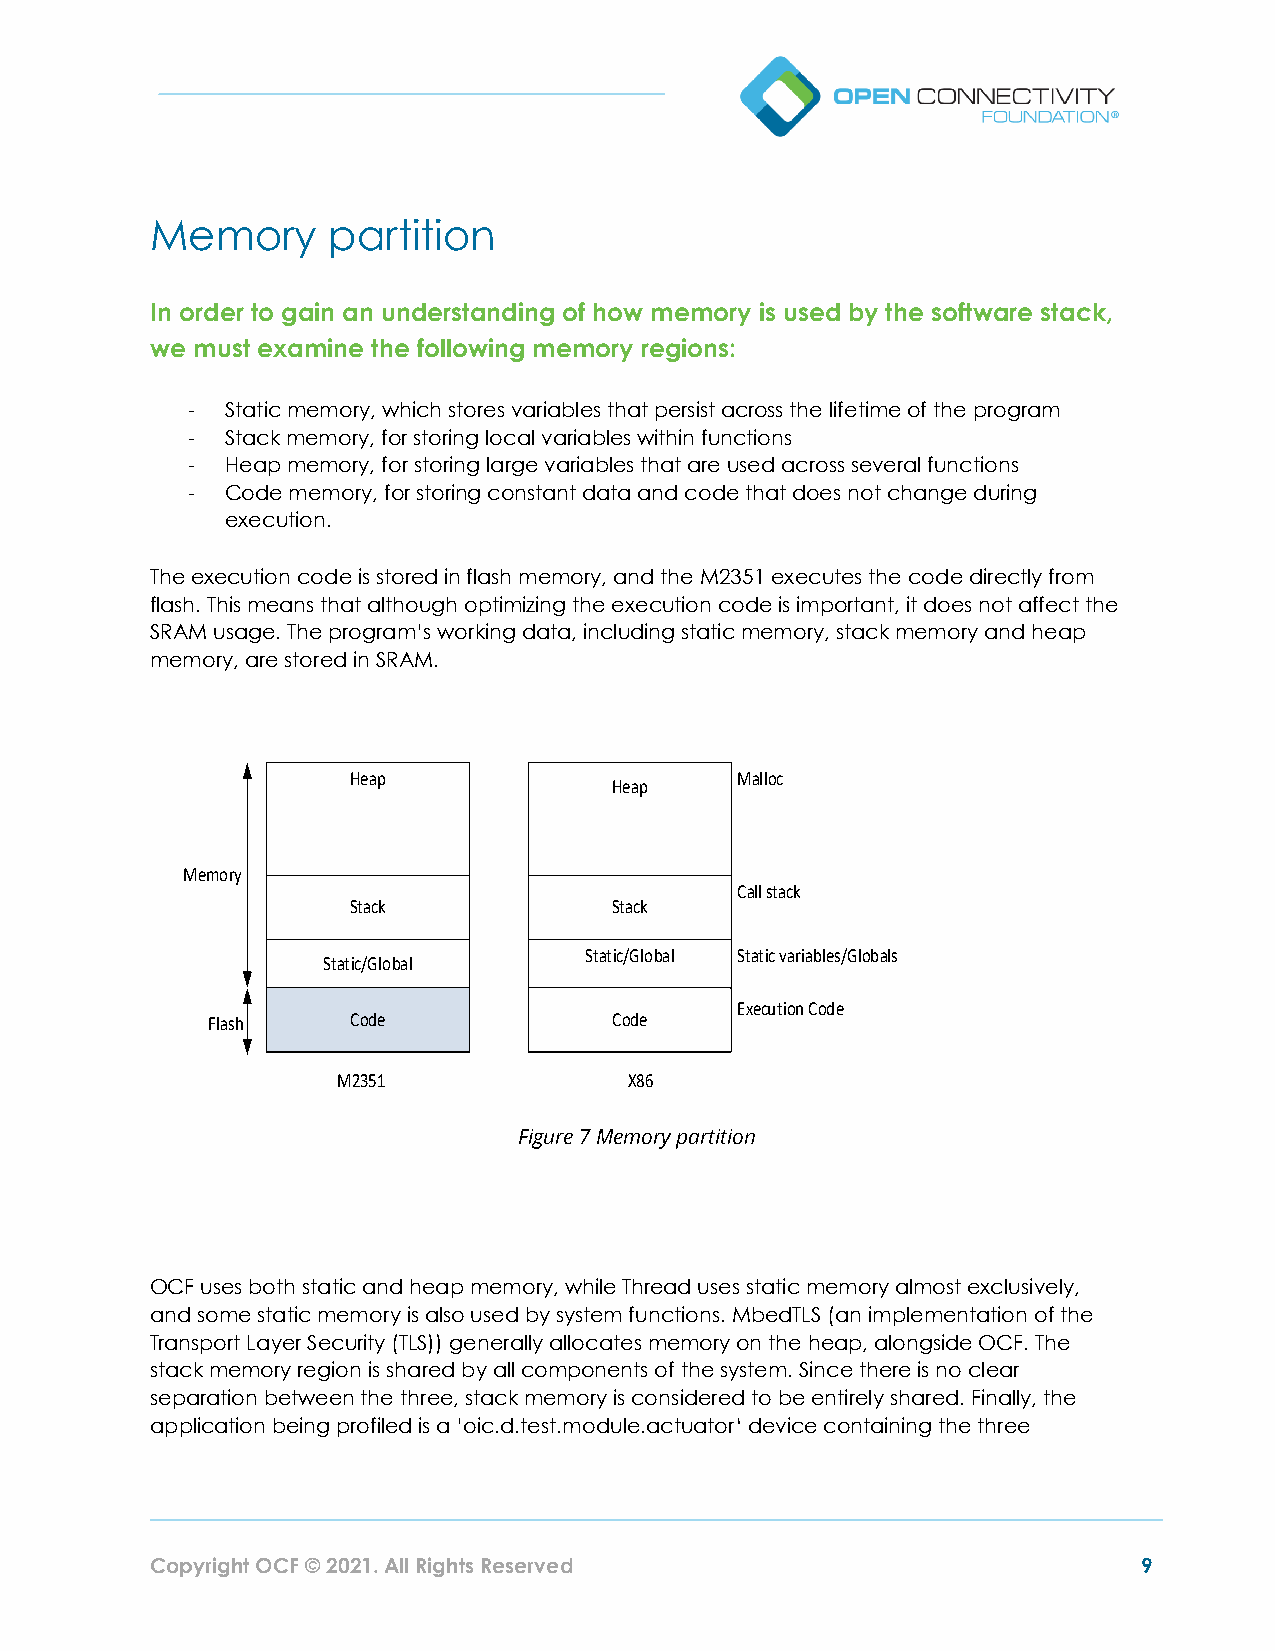
Memory      partition
 In order to gain an understanding of how memory is used by the software stack,
 we must examine the following memory regions:
 -  Static memory, which stores variables that persist across the lifetime of the program
 -  Stack memory, for storing local variables within functions
 -  Heap memory, for storing large variables that are used across several functions
 -  Code memory, for storing constant data and code that does not change during
 execution.
 The execution code is stored in flash memory, and the M2351 executes the code directly from
 flash. This means that although optimizing the execution code is important, it does not affect the
 SRAM usage. The program’s working data, including static memory, stack memory and heap
 memory, are stored in SRAM.
 Figure 7 Memory partition
 OCF uses both static and heap memory, while Thread uses static memory almost exclusively,
 and some static memory is also used by system functions. MbedTLS (an implementation of the
 Transport Layer Security (TLS)) generally allocates memory on the heap, alongside OCF. The
 stack memory region is shared by all components of the system. Since there is no clear
 separation between the three, stack memory is considered to be entirely shared. Finally, the
 application being profiled is a ’oic.d.test.module.actuator‘ device containing the three
 Copyright OCF © 2021. All Rights Reserved                         9
 M e m
 F
 o
 la
 ry
 s h
 S t a
 M
 H e a p
 S t a c k
 t ic / G lo
 C o d e
 2 3 5 1
 b a l
 S t a
 H e a p
 S t a c k
 t ic / G lo
 C o d e
 X 8 6
 b a l
 M
 C
 S
 E
 a llo c
 a ll s t a c
 t a t ic v a
 x e c u tio
 k
 ria b le
 n C o d
 s /
 e
 G lo b a ls